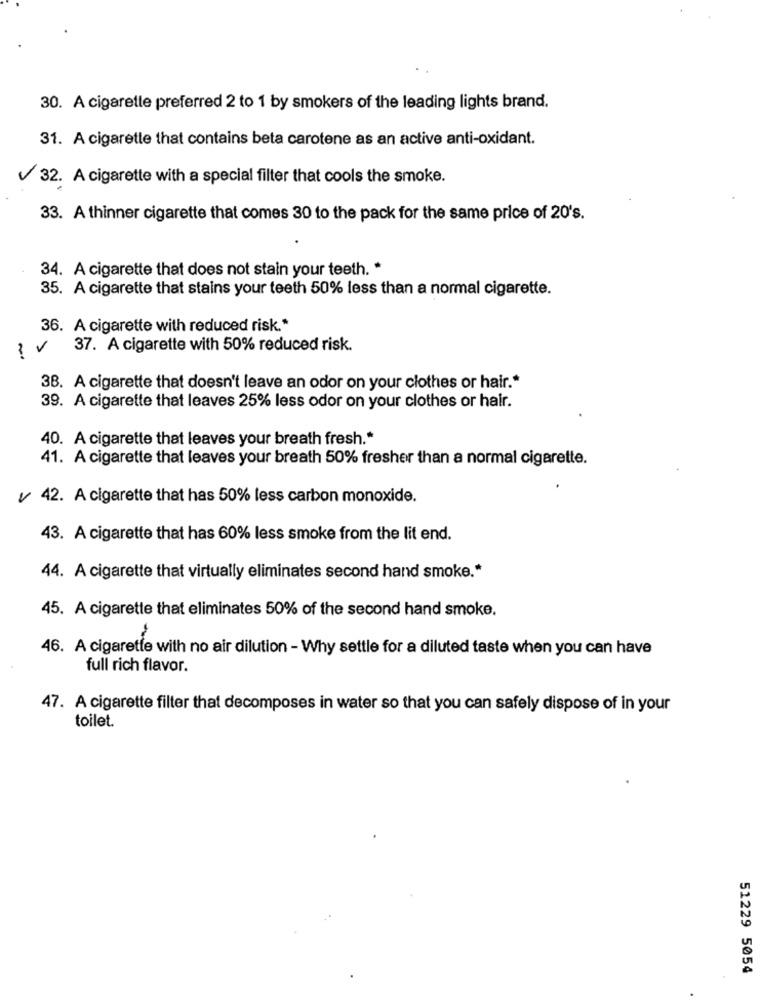
30. A cigarette preferred 2 to 1 by smokers of the leading lights brand.
31. A cigarette that contains beta carotene as an active anti-oxidant.
32. A cigarette with a special filter that cools the smoke.
33. A thinner cigarette that comes 30 to the pack for the same price of 20's.
34. A cigarette that does not stain your teeth. *
35. A cigarette that stains your teeth 50% less than a normal cigarette.
36. A cigarette with reduced risk .*
37. A cigarette with 50% reduced risk.
38. A cigarette that doesn't leave an odor on your clothes or hair .*
39. A cigarette that leaves 25% less odor on your clothes or hair.
40. A cigarette that leaves your breath fresh .*
41. A cigarette that leaves your breath 50% fresher than a normal cigarette.
/ 42. A cigarette that has 50% less carbon monoxide.
43. A cigarette that has 60% less smoke from the lit end.
44. A cigarette that virtually eliminates second hand smoke .*
45. A cigarette that eliminates 50% of the second hand smoke.
46. A cigarette with no air dilution - Why settle for a diluted taste when you can have
full rich flavor.
47. A cigarette filter that decomposes in water so that you can safely dispose of in your
toilet.
51229 5054